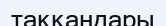
таққандары